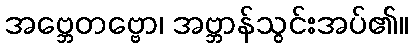
အဗ္ဘေတဗ္ဗော၊ အဗ္ဘာန်သွင်းအပ်၏။